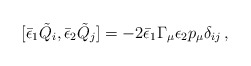
\begin{align*} [{\bar\epsilon}_1{\tilde Q}_i,{\bar\epsilon}_2{\tilde Q}_j] =-2{\bar\epsilon_1}\Gamma_\mu\epsilon_2 p_\mu\delta_{ij}\, ,\end{align*}